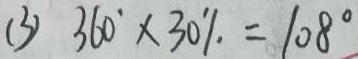
( 3 ) 3 6 0 ^ { \circ } \times 3 0 \% = 1 0 8 ^ { \circ }